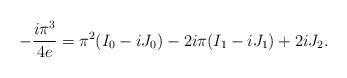
LaTeX: \begin{align*} -\frac{i\pi^3}{4e}=\pi^2(I_0-iJ_0)-2i\pi(I_1-iJ_1)+2iJ_2. \end{align*}